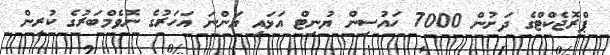
ޕްރޮޖެކްޓްގެ ދަށުން 7000 ހައުސިން ޔުނިޓް އަޅައި އަންނަ އަހަރުގެ ނޮވެމްބަރުގެ ކުރިން